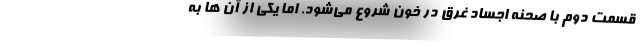
قسمت دوم با صحنه اجساد غرق در خون شروع می‌شود. اما یکی از آن ها به